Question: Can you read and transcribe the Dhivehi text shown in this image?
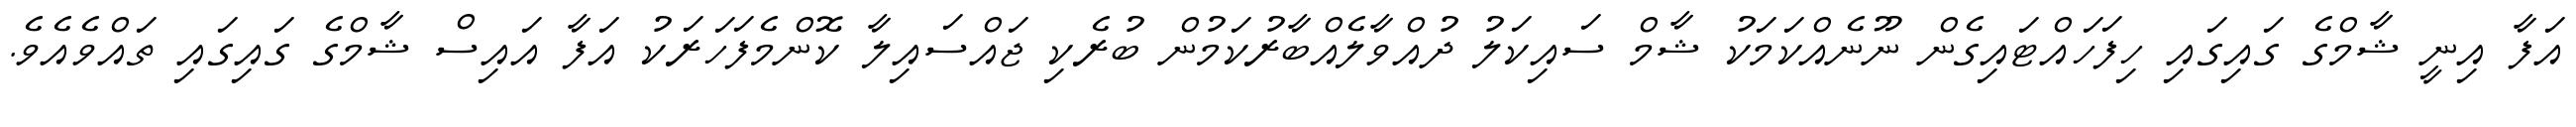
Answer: އަފާ އިނީ ޝާމްގެ ގައިގައި ހިފަހައްޓައިގެން ނޫނެއްކަމަކު ޝާމް ސައިކަލު ދުއްވާލެއްބާރުކަމުން ބުރެކި ޖައްސައިލާ ކޮންމެފަހަރަކު އަފާ އައިސް ޝާމްގެ ގައިގައި ތައްވެއެވެ.